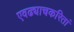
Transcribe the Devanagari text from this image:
एवढ्याचकरितां